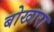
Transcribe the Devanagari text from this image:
बोखारा